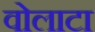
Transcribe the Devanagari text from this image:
वोलाटा